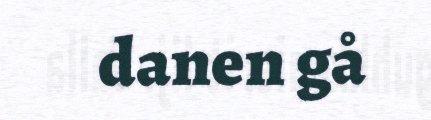
danen gå